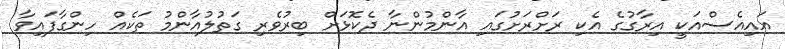
އައިއެސްއަކީ އިރާގުގެ އެކި ރަށްރަށުގައި އާންމުންނާ ދެކޮޅަށް ބިރުވެރި ގަތުލުއާންމު ތަކެއް ހިންގާފައިވާ